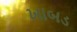
ખાબડ